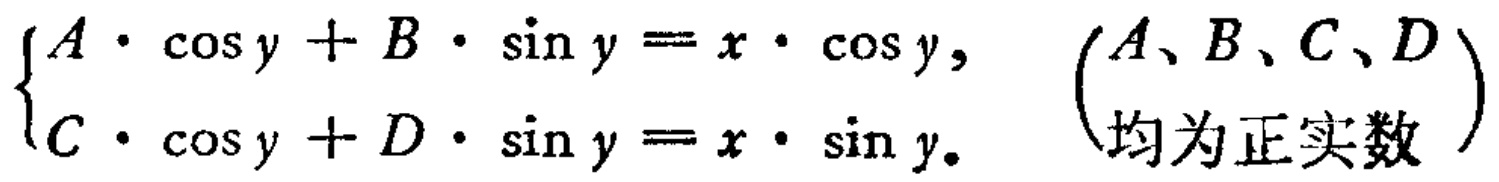
$\begin{cases}A\cdot \cos y + B\cdot \sin y = x\cdot \cos y, \\C\cdot \cos y + D\cdot \sin y = x\cdot \sin y.\end{cases} \quad \begin{pmatrix}A、B、C、D \\ \text{均为正实数}\end{pmatrix}$